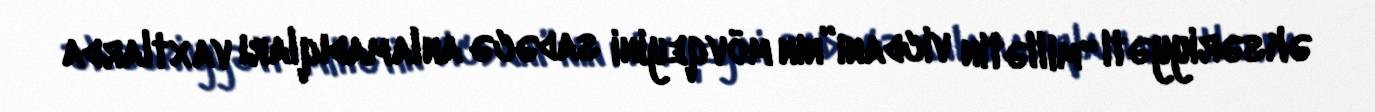
əksəriyyəti “millətin vicdanı”nın mövqeyini sadəcə anlamadıqları vaxtlarda